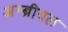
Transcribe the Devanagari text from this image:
अम्ब्रीयल